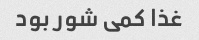
غذا کمی شور بود